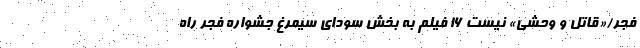
فجر/«قاتل و وحشی» نیست 16 فیلم به بخش سودای سیمرغ جشواره فجر راه